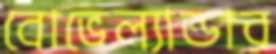
বোভেল্যান্ডার